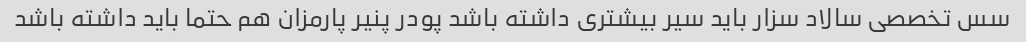
سس تخصصی سالاد سزار باید سیر بیشتری داشته باشد پودر پنیر پارمزان هم حتما باید داشته باشد